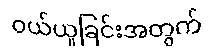
ဝယ်ယူခြင်းအတွက်